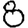
Digit: 8